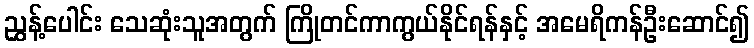
ညွှန့်ပေါင်း သေဆုံးသူအတွက် ကြိုတင်ကာကွယ်နိုင်ရန်နှင့် အမေရိကန်ဦးဆောင်၍